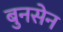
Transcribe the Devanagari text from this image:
बुनसेन